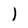
Character: l